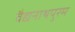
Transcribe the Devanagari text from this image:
वैद्यनाथपुरम